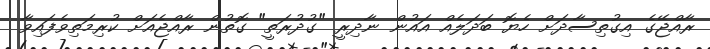
ރާއްޖޭގެ އިގުތިސާދަށް ހެޔޮ ބަދަލެއް އައުން ނާދިރީ "ގުދުރަތީ" ގޮތުން ރާއްޖެއަށް ކުރިމަތިވެފައިވާ